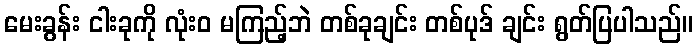
မေးခွန်း ငါးခုကို လုံးဝ မကြည့်ဘဲ တစ်ခုချင်း တစ်ပုဒ် ချင်း ရွတ်ပြပါသည်။